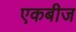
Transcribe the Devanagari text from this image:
एकबीज